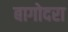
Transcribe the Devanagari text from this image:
बागोदरा